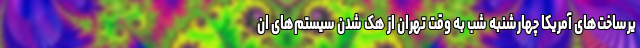
یرساخت‌های آمریکا چهارشنبه شب به وقت تهران از هک شدن سیستم‌های ان